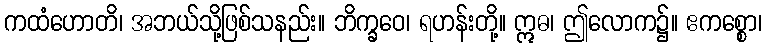
ကထံဟောတိ၊ အဘယ်သို့ဖြစ်သနည်း။ ဘိက္ခဝေ၊ ရဟန်းတို့။ ဣဓ၊ ဤလောက၌။ ဧကစ္စော၊